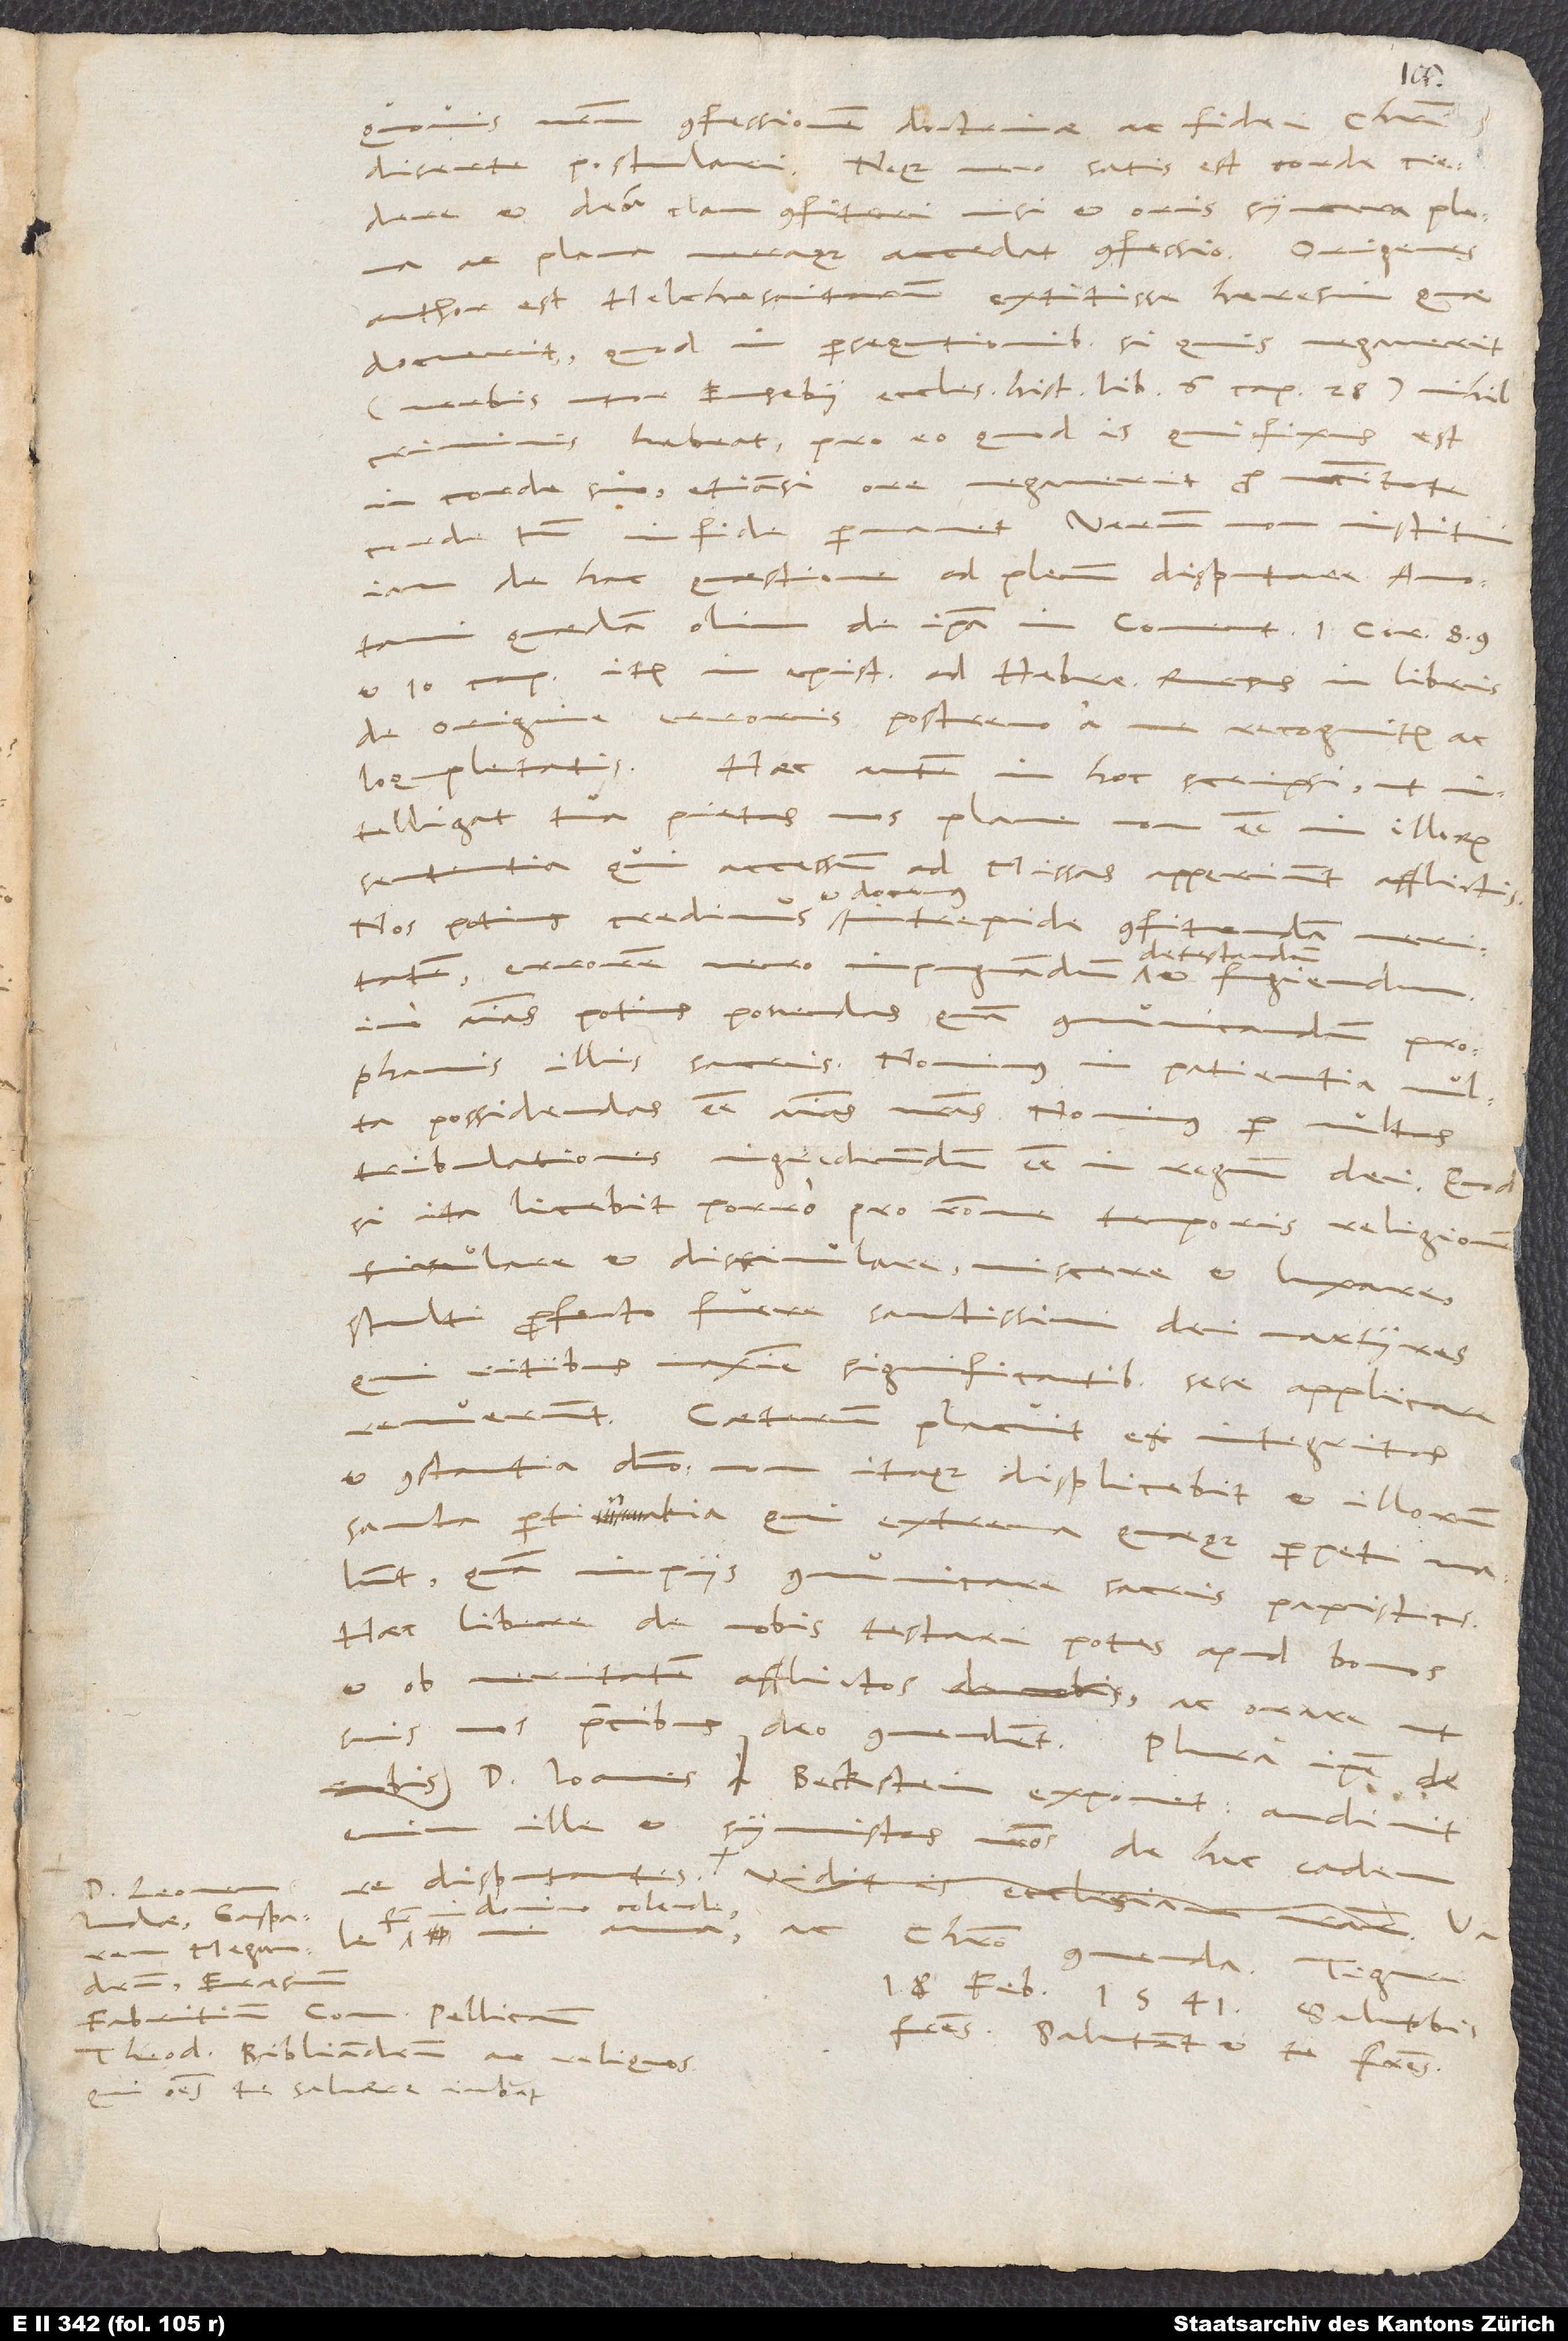
confessionem doctrinae ac fidei Christi
diserte postulari. Neque vero satis est corde credere
et deum clam confiteri, nisi et oris syncera, plena
ac plana veraque accedat confessio. Origenes
author est Helchesaitarum extitisse haeresim, quae
docuerit, quod in persequtionibus, si quis negaverit
(verbis utor Eusebii, Eccles. hist. lib. 6., cap. 28.), nihil
criminis habeat pro eo, quod is, qui fixus est
in corde suo, etiamsi ore negaverit pro necessitate,
corde tamen in fide permanet. Verum non institui
iam de hac quaestione ad plenum disputare. Annotavi
quaedam olim de ipsa in coment 1. Cor. 8., 9.
et 10. cap., item in epistola ad Hebreos, rursus in libris
De origine erroris postremo a me recognitis ac
intelligat tua pietas nos plane non esse in illorum
sententia, qui accessum ad missas apperiunt afflictis.
errorem vero impugnandum, detestandum et fugiendum,
imo animas potius ponendas quam communicandum prophanis
illis sacris. Novimus in patientia multa
possidendas esse animas nostras; novimus per multas
tribulationes ingrediendum esse in regnum dei. Quod
si ita licebit porro pro ratione temporis religionem
simulare et dissimulare, miscere et luxare,
stulti profecto fuere sanctissimi dei martyres,
qui ritibus maxime significantibus sese applicare
renuerunt. Caeterum placuit et integritas
et constantia domino; non itaque displicebit et illorum
sancta pertinatia, qui extrema quaeque perpeti malunt
quam impiis communicare sacris papisticis.
Haec libere de nobis testari potes apud bonos
et ob veritatem afflictos ac orare, ut
d. Ioannes Beckstein exponet; audivit
ille et symmistas nostros de hac eadem
domino colende,
Iudae, Gasparem
Erasmum
Fabritium, Conradum Pellicanum,
fratres. Salutant et te fratres.
Theodorum Bibliandrum ac reliquos,
qui omnes te salvere iubent.